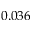
0 . 0 3 6